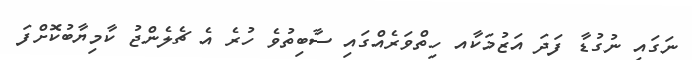
ނަގައި ނުގުޑާ ފަދަ އަޒުމަކާއ ހިތްވަރެއްގައި ސާބިތުވެ ހުރެ އެ ޗެލެންޖު ކާމިޔާބުކޮށްފަ